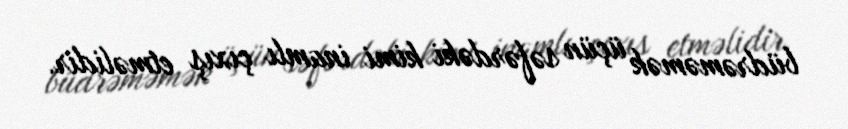
büdrəməmək üçün səfərdəki kimi inamlı çıxış etməlidir.